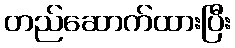
တည်ဆောက်ထားပြီး